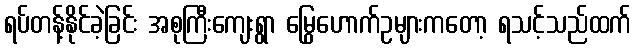
ရပ်တန့်နိုင်ခဲ့ခြင်း အစုကြီးကျေးရွာ မြွေဟောက်ဥများကတော့ ရသင့်သည်ထက်